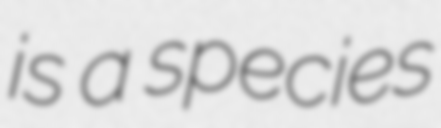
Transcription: is a species